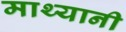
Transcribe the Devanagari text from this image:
माथ्यानी